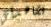
تشاهدني